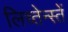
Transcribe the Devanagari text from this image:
लिच्तेन्स्तें